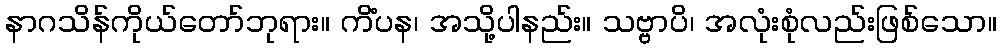
နာဂသိန်ကိုယ်တော်ဘုရား။ ကိံပန၊ အသို့ပါနည်း။ သဗ္ဗာပိ၊ အလုံးစုံလည်းဖြစ်သော။